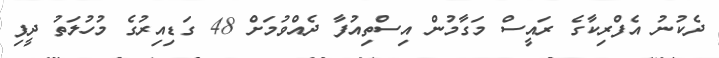
ދެކުނު އެފްރިކާގެ ރައީސް މަގާމުން އިސްތިއުފާ ދެއްވުމަށް 48 ގަޑިއިރުގެ މުހުލަތު ދީފި